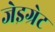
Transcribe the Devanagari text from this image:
जेइग्रेट